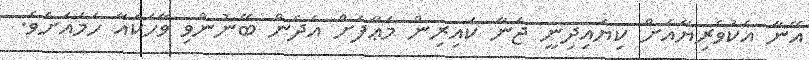
އޭނާ އެކުވެރިޔާއަށް ކިޔައިދިނީ ޖަނާ ކައިރިން މަޢާފަށް އެދެން ބޭނުންވި ވާހަކައާ ހަމައަށެވެ.